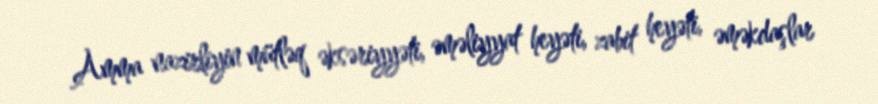
Amma nazirliyin mütləq əksəriyyəti, əməliyyat heyəti, zabit heyəti, əməkdaşlar